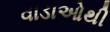
વાડાઓથી